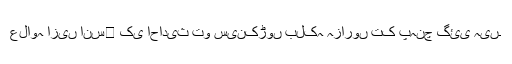
علاوہ ازیں انس﷜ کی احادیث تو سینکڑوں بلکہ ہزاروں تک پہنچ گئی ہیں۔